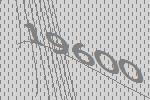
19600